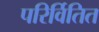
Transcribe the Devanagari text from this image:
परिर्वितित